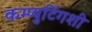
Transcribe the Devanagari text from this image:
कम्प्युटिंगशी